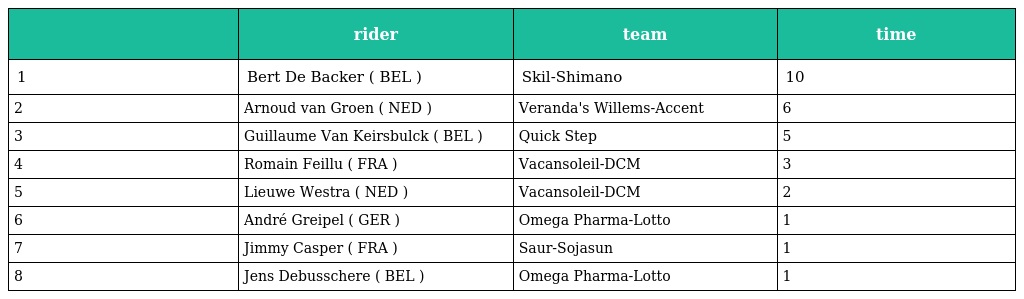
|  | rider | team | time |
 | --- | --- | --- | --- |
 | 1 | Bert De Backer ( BEL ) | Skil-Shimano | 10 |
 | 2 | Arnoud van Groen ( NED ) | Veranda's Willems-Accent | 6 |
 | 3 | Guillaume Van Keirsbulck ( BEL ) | Quick Step | 5 |
 | 4 | Romain Feillu ( FRA ) | Vacansoleil-DCM | 3 |
 | 5 | Lieuwe Westra ( NED ) | Vacansoleil-DCM | 2 |
 | 6 | André Greipel ( GER ) | Omega Pharma-Lotto | 1 |
 | 7 | Jimmy Casper ( FRA ) | Saur-Sojasun | 1 |
 | 8 | Jens Debusschere ( BEL ) | Omega Pharma-Lotto | 1 |